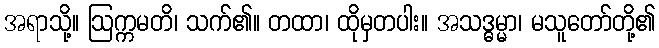
အရာသို့။ ဩက္ကမတိ၊ သက်၏။ တထာ၊ ထိုမှတပါး။ အသဒ္ဓမ္မာ၊ မသူတော်တို့၏